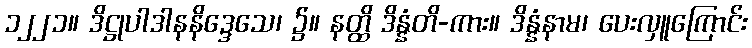
၁၂၂၁။ ဒိဋ္ဌုပါဒါနနိဒ္ဒေသေ၊ ၌။ နတ္ထိ ဒိန္နံတိ-ကား။ ဒိန္နံနာမ၊ ပေးလှူကြောင်း